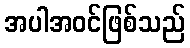
အပါအဝင်ဖြစ်သည်